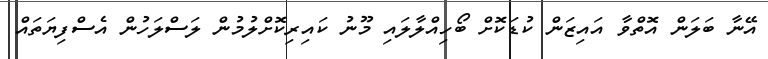
އޭނާ ބަލަން އޮތްވާ އައިޒަން ކުޑަކޮށް ބޯހިއްލާލައި މޫނު ކައިރިކޮށްލުމުން ލަސްލަހުން އެސްފިޔަތައް